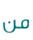
من